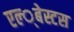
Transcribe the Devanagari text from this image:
एल्‍्बेस्टस